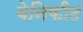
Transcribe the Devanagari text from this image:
बेनिफीट